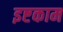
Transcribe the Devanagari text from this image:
इष्टकाम